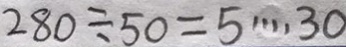
2 8 0 \div 5 0 = 5 \cdots 3 0